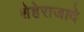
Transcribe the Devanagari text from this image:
शेहेराजादे